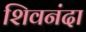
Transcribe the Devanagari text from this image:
शिवनंदा